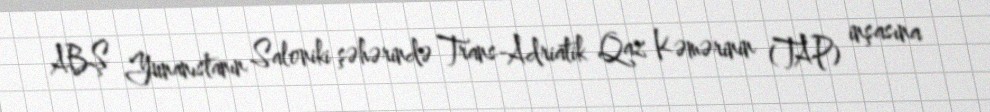
ABŞ Yunanıstanın Saloniki şəhərində Trans-Adriatik Qaz Kəmərinin (TAP) inşasına